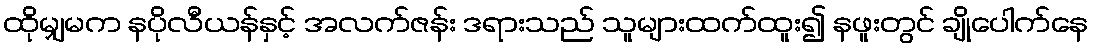
ထိုမျှမက နပိုလီယန်နှင့် အလက်ဇန်း ဒရားသည် သူများထက်ထူး၍ နဖူးတွင် ချိုပေါက်နေ